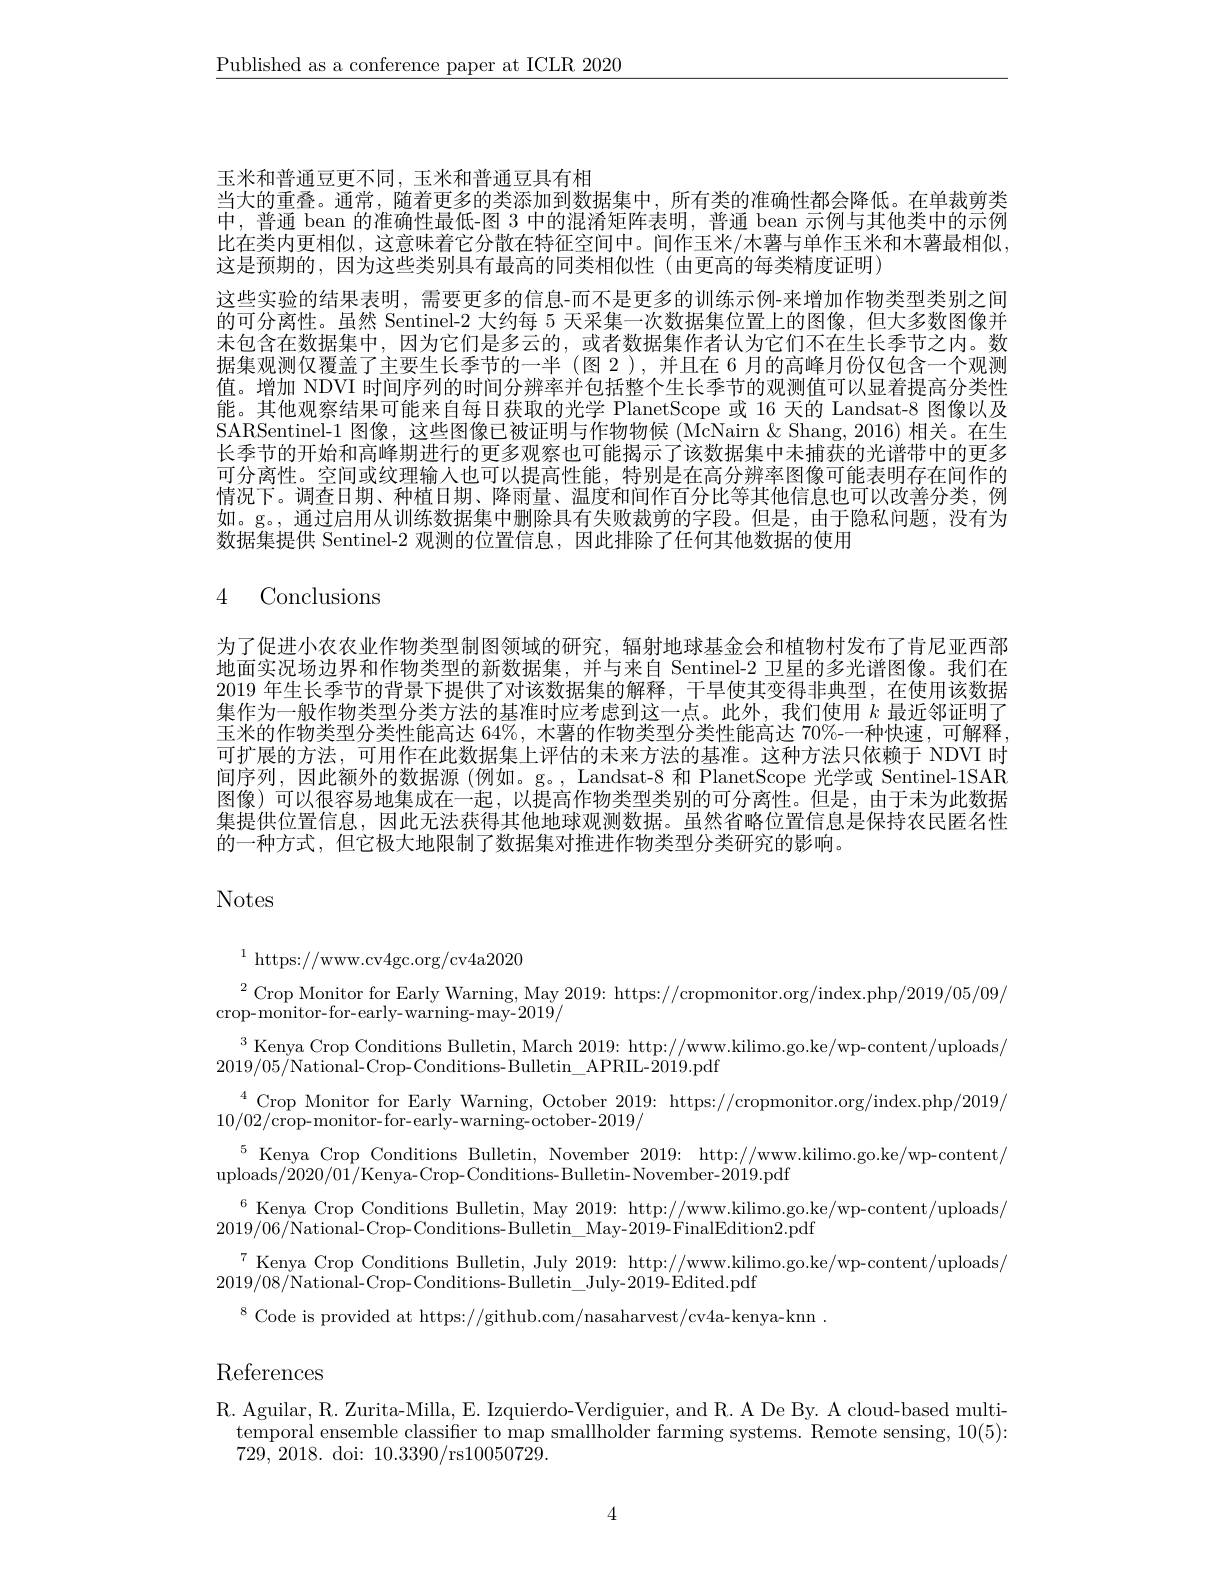
$\underline{\text{Published as a conference paper at ICLR 2020}}$

玉米和普通豆更不同，玉米和普通豆具有相
当大的重叠。通常，随着更多的类添加到数据集中，所有类的准确性都会降低。在单裁剪类中，普通 bean 的准确性最低-图3中的混淆矩阵表明，普通 bean 示例与其他类中的示例比在类内更相似，这意味着它分散在特征空间中。间作玉米/木薯与单作玉米和木薯最相似， 这是预期的，因为这些类别具有最高的同类相似性(由更高的每类精度证明)
这些实验的结果表明，需要更多的信息-而不是更多的训练示例-来增加作物类型类别之间的可分离性。虽然 Sentinel-2 大约每 5 天采集一次数据集位置上的图像，但大多数图像并末包含在数据集中，因为它们是多云的，或者数据集作者认为它们不在生长季节之内。数据集观测仅覆盖了主要生长季节的一半(图 2),并且在 6月的高峰月份仅包含一个观测值。增加 NDVI 时间序列的时间分辨率并包括整个生长季节的观测值可以显着提高分类性能。其他观察结果可能来自每日获取的光学 PlanetScope 或 16 天的 Landsat-8 图像以及SARSentinel-1 图像，这些图像已被证明与作物物候(McNairn&Shang,2016)相关。在生长季节的开始和高峰期进行的更多观察也可能揭示了该数据集中未捕获的光谱带中的更多可分离性。空间或纹理输入也可以提高性能，特别是在高分辨率图像可能表明存在间作的情况下。调查日期、种植日期、降雨量、温度和间作百分比等其他信息也可以改善分类，例如。g。, 通过启用从训练数据集中删除具有失败裁剪的字段。但是，由于隐私问题，没有为数据集提供 Sentinel-2 观测的位置信息，因此排除了任何其他数据的使用

# 4 Conclusions

为了促进小农农业作物类型制图领域的研究，辐射地球基金会和植物村发布了肯尼亚西部地面实况场边界和作物类型的新数据集，并与来自 Sentinel-2 卫星的多光谱图像。我们在2019 年生长季节的背景下提供了对该数据集的解释，干旱使其变得非典型，在使用该数据集作为一般作物类型分类方法的基准时应考虑到这一点。此外，我们使用$k$最近邻证明了玉米的作物类型分类性能高达 64%, 木薯的作物类型分类性能高达 70%-一种快速，可解释可扩展的方法，可用作在此数据集上评估的未来方法的基准。这种方法只依赖于 NDVI 时间序列，因此额外的数据源(例如。g。, Landsat-8 和 PlanetScope 光学或 Sentinel-1SAR 图像)可以很容易地集成在一起，以提高作物类型类别的可分离性。但是，由于未为此数据集提供位置信息，因此无法获得其他地球观测数据。虽然省略位置信息是保持农民匿名性的一种方式，但它极大地限制了数据集对推进作物类型分类研究的影响。

Notes

$^{1}$https://www.cv4gc.org/cv4a2020

$^{2}$Crop Monitor for Early Warning, May 2019: https://cropmonitor.org/index.php/2019/05/09/
crop-monitor-for-early-warning-may-2019/
$^{3}$ Kenya Crop Conditions Bulletin, March 2019: http://www.kilimo.go.ke/wp-content/uploads/
$2019/05/\bar{\text{National-Crop-Conditions-Bulletin}}\_$APRIL-2019.pdf
$\begin{array}{c}{4}&{\text{Crop Monitor for Early Warning, October 2019: https://cropmonitor.org/index.php/2019/}}\\{4}&{\text{Crop Monitor for oarlv warraing catobor 2010/}}\\{4}&{\text{Crop Monitor for oarly warraing catobor 2010/}}\end{array}$
$10/02/\hat{\text{crop-monitor-for-early-warning-october-}}2019/$
$^{5}$Kenya Crop Conditions Bulletin, November 2019: http://www.kilimo.go.ke/wp-content/
uploads/$\ddot2020/01/$Kenya-Crop-Conditions-Bulletin- November-$\hat{2}019.$pdf
$^{6}$ Kenya Crop Conditions Bulletin, May 2019: http://www.kilimo.go.ke/wp-content/uploads/
$2019/06/\hat{\text{National-Crop-Conditions-Bulletin}}\_\hat{\text{May-2019-FinalEdition2.pdf}}$
$^{7}$ Kenya Crop Conditions Bulletin, July 2019: http://www.kilimo.go.ke/wp-content/uploads/
2019/08/National-Crop-Conditions-Bulletin\_July-2019-Edited.pdf
$^{8}$ Code is provided at https://github.com/nasaharvest/cv4a-kenya-knn

# References

R. Aguilar, R. Zurita-Milla, E. Izquierdo-Verdiguier, and R. A De By. A cloud-based multi-
temporal ensemble classifier to map smallholder farming systems. Remote sensing, 10(5):
729, 2018. doi: 10.3390/rs10050729.

4